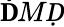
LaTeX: \mathbf ḊMḌ